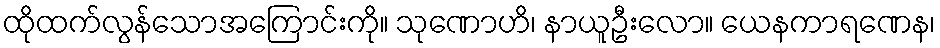
ထိုထက်လွန်သောအကြောင်းကို။ သုဏောဟိ၊ နာယူဦးလော။ ယေနကာရဏေန၊